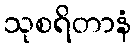
သုစရိတာနံ